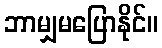
ဘာမျှမပြောနိုင်။